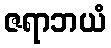
ဇရာဘယံ